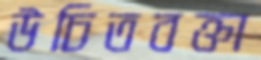
উচিতবক্তা